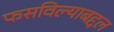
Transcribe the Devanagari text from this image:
फसविल्याबद्दल